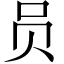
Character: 员